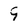
Character: 9